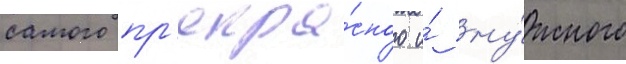
самого пр'екра́сного и́ ну́жного